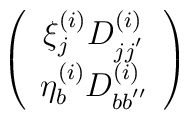
\left( \begin{array}{c}                                      {\xi}^{(i)}_{j}D^{(i)}_{jj^{'}}\\                                       {\eta}^{(i)}_{b}D^{(i)}_{bb^{''}}                                     \end{array}                                     \right)